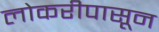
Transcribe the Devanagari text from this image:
लोकरीपासून